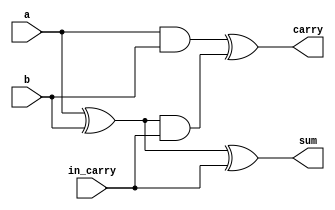
module full_adder(input  a,
                  input  b,
                  input  in_carry,
                  output sum,
                  output carry);

    wire sum0;
    wire carry0;
    wire carry1;

    xor (sum0, a, b);
    and (carry0, a, b);

    xor (sum, sum0, in_carry);
    and (carry1, sum0, in_carry);

    xor (carry, carry0, carry1);

endmodule

module arithmetic_adder#(parameter BIT_WIDTH = 32)
                        (input[BIT_WIDTH - 1:0]  a,
                         input[BIT_WIDTH - 1:0]  b,
                         input                   sub_mode,
                         output[BIT_WIDTH - 1:0] sum,
                         output                  carry);

    genvar                i;
    wire[BIT_WIDTH - 1:0] b0;
    wire[BIT_WIDTH - 2:0] carries;

    generate
        for (i = 0; i < BIT_WIDTH; i = i + 1)
        begin : xor_1x1
            xor (b0[i], b[i], sub_mode);
        end
    endgenerate

    full_adder fadder_0(a[0], b0[0], sub_mode, sum[0], carries[0]);

    generate
        for (i = 1; i < BIT_WIDTH - 1; i = i + 1)
        begin : full_adder
            full_adder fadder_i(a[i], b0[i], carries[i - 1],
                                sum[i], carries[i]);
        end
    endgenerate

    full_adder fadder_31(a[BIT_WIDTH - 1], b0[BIT_WIDTH - 1],
                         carries[BIT_WIDTH - 2], sum[BIT_WIDTH - 1], carry);

endmodule